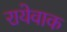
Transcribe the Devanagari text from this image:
रायेवाक